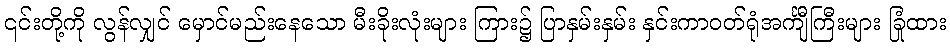
၎င်းတို့ကို လွန်လျှင် မှောင်မည်းနေသော မီးခိုးလုံးများ ကြား၌ ပြာနှမ်းနှမ်း နှင်းကာဝတ်ရုံအင်္ကျီကြီးများ ခြုံထား